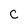
Character: C